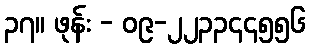
၃၇။ ဖုန်း - ၀၉-၂၂၃၃၄၄၅၅၆